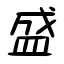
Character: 盛